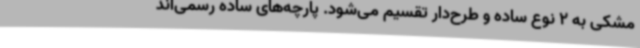
مشکی به 2 نوع ساده و طرح‌دار تقسیم می‌شود. پارچه‌های ساده‌ رسمی‌اند